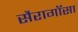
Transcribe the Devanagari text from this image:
सैरागॉसा